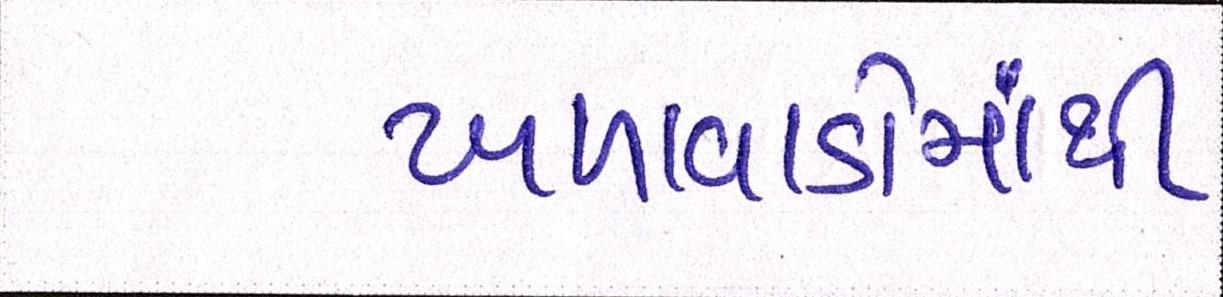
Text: ખળાવાડોમાંથી